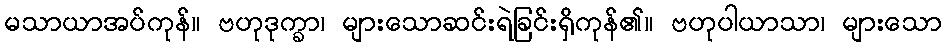
မသာယာအပ်ကုန်။ ဗဟုဒုက္ခာ၊ များသောဆင်းရဲခြင်းရှိကုန်၏။ ဗဟုပါယာသာ၊ များသော